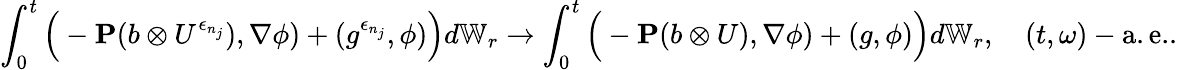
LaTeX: \int_{0}^{t}\Big(-\mathbf{P}(b\otimes U^{\epsilon_{n_{j}}}),\nabla\phi)+(g^{\epsilon_{n_{j}}},\phi)\Big)d\mathbb{W}_{r}\to\int_{0}^{t}\Big(-\mathbf{P}(b\otimes U),\nabla\phi)+(g,\phi)\Big)d\mathbb{W}_{r},\quad(t,\omega)-\mathrm{a.e.}.